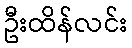
ဦးထိန်လင်း